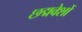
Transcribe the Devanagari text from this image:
छद्मवेशों